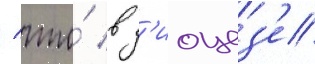
/ что́ в д'иоцез'е